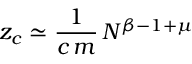
z _ { c } \simeq \frac { 1 } { c \, m } \, N ^ { \beta - 1 + \mu }